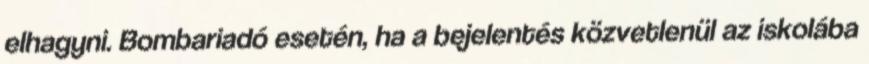
elhagyni. Bombariadó esetén, ha a bejelentés közvetlenül az iskolába